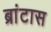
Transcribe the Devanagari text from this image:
ब्रांटास